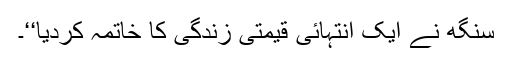
سنگھ نے ایک انتہائی قیمتی زندگی کا خاتمہ کردیا‘‘۔